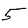
Digit: 5